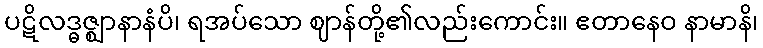
ပဋိလဒ္ဓဇ္ဈာနာနံပိ၊ ရအပ်သော ဈာန်တို့၏လည်းကောင်း။ ဧတာနေဝ နာမာနိ၊